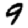
Digit: 9